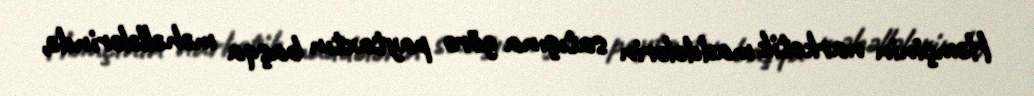
Həmçinin narkotik maddələrin satışına görə paytaxtın başqa məhəllələrində,